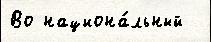
Во национа́льный